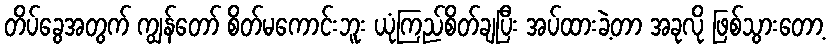
တိပ်ခွေအတွက် ကျွန်တော် စိတ်မကောင်းဘူး ယုံကြည်စိတ်ချပြီး အပ်ထားခဲ့တာ အခုလို ဖြစ်သွားတော့